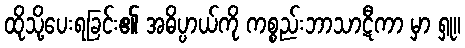
ထိုသို့ပေးရခြင်း၏ အဓိပ္ပာယ်ကို ကစ္စည်းဘာသာဋီကာ မှာ ရှု။